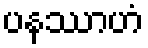
ပနဿာဟံ